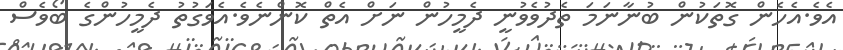
އެވެ.އެހެން ގޮތަކުން ބުނާނަމަ ތެދުވެވުނީ ދެމީހުން ނަށް އެތް ކޮންނެވެ.އެވަގުތު ދެމީހުންގެ ބޯވެސް